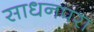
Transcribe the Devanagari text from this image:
साधनपरा